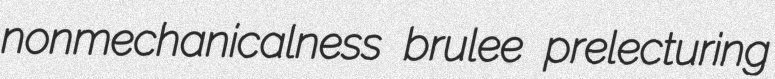
nonmechanicalness brulee prelecturing